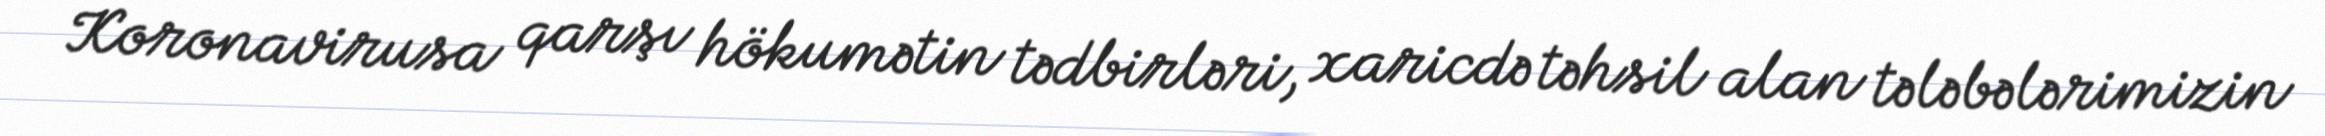
Koronavirusa qarşı hökumətin tədbirləri, xaricdə təhsil alan tələbələrimizin